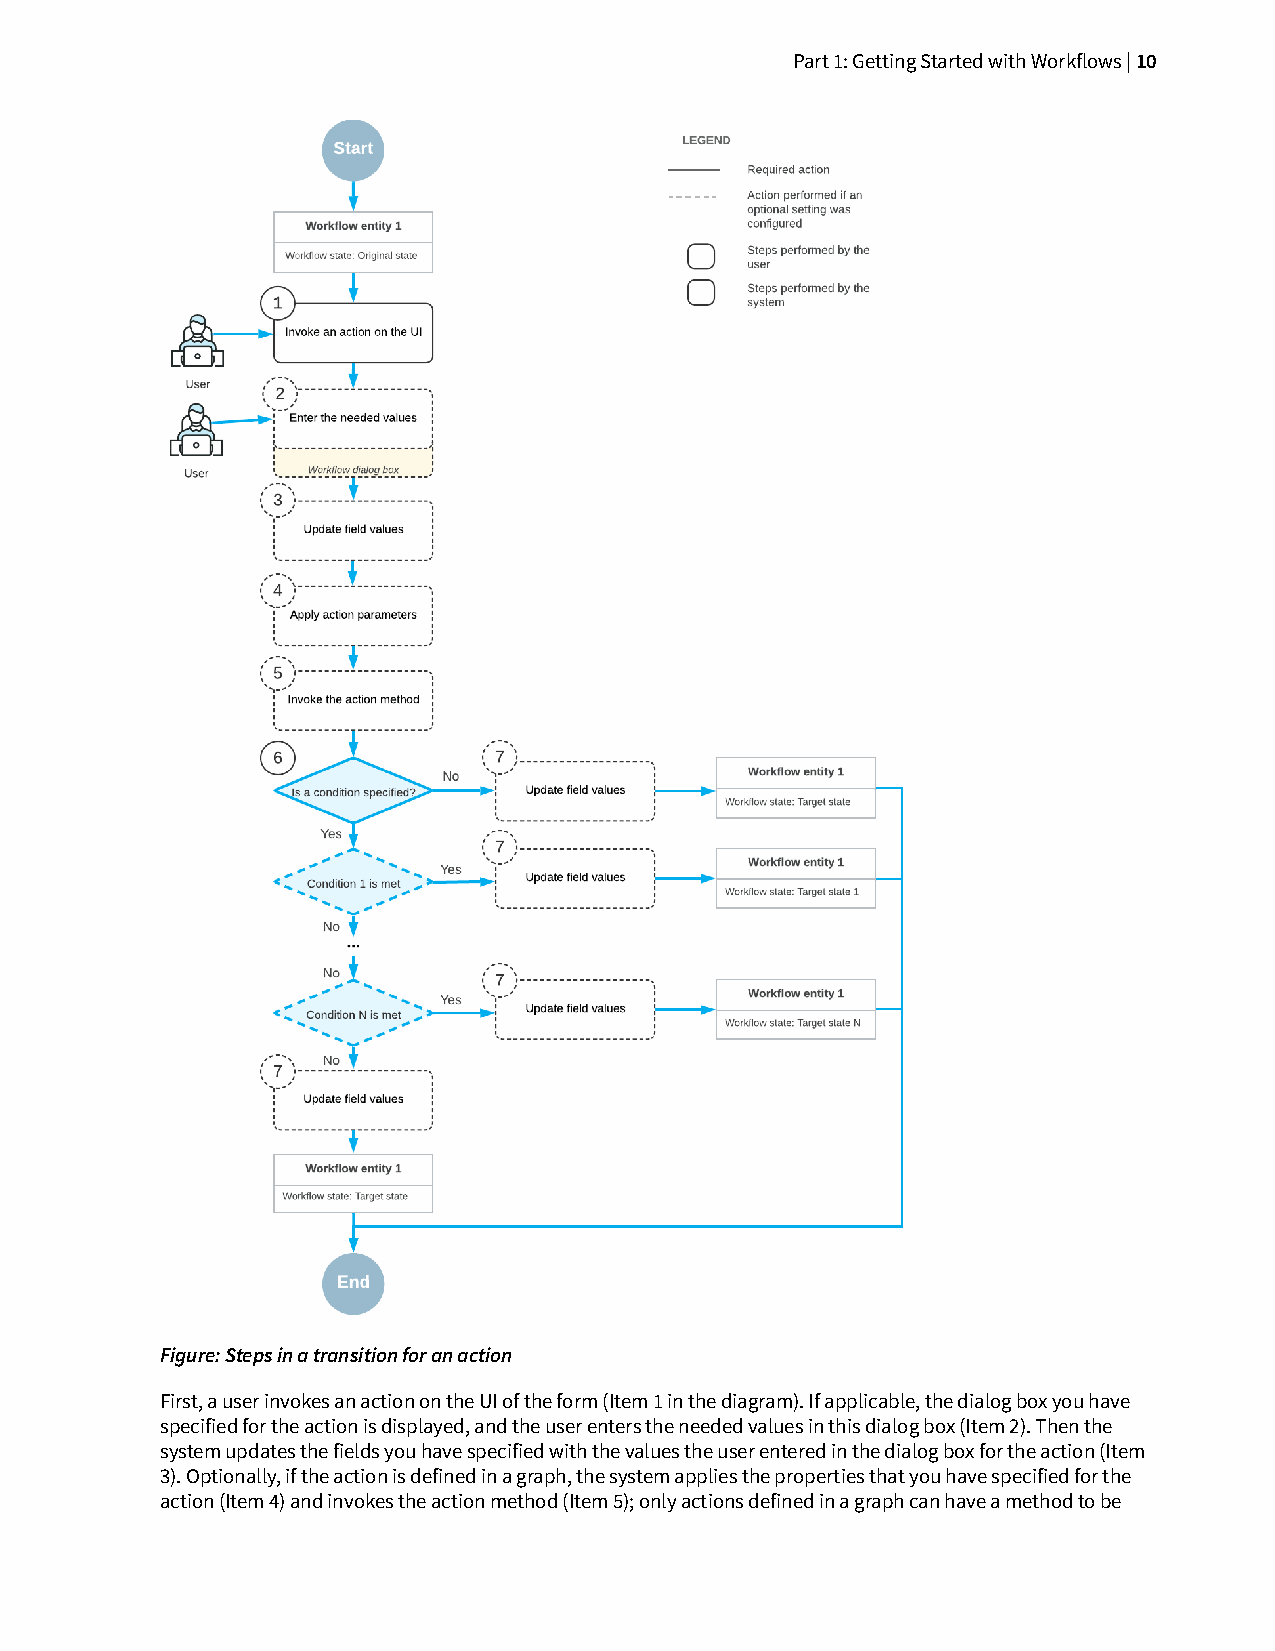
Part 1: Getting Started with Workflows | 10
 Figure: Steps in a transition for an action
 First, a user invokes an action on the UI of the form (Item 1 in the diagram). If applicable, the dialog box you have
 specified for the action is displayed, and the user enters the needed values in this dialog box (Item 2). Then the
 system updates the fields you have specified with the values the user entered in the dialog box for the action (Item
 3). Optionally, if the action is defined in a graph, the system applies the properties that you have specified for the
 action (Item 4) and invokes the action method (Item 5); only actions defined in a graph can have a method to be